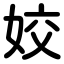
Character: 姣